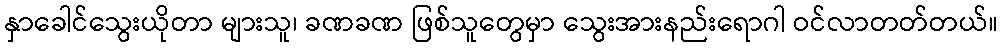
နှာခေါင်သွေးယိုတာ များသူ၊ ခဏခဏ ဖြစ်သူတွေမှာ သွေးအားနည်းရောဂါ ဝင်လာတတ်တယ်။